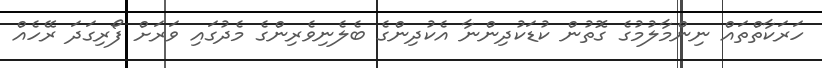
ހަރަކާތްތައް ނިންމާލުމުގެ ގޮތުން ކުޑަކުދިންނާ އެކުދިންގެ ބެލެނިވެރިންގެ މެދުގައި ވަރަށް ފޯރިގަދަ ރޭހެއް